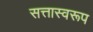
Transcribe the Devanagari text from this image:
सत्तास्वरूप